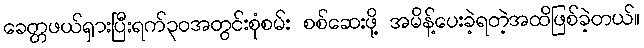
ခေတ္တဖယ်ရှားပြီးရက်၃၀အတွင်းစုံစမ်း စစ်ဆေးဖို့ အမိန့်ပေးခဲ့ရတဲ့အထိဖြစ်ခဲ့တယ်။